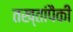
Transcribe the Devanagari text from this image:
तख्तांपैकी